Report of the Indian Hemp Drugs Commission, 1894-1895 - Volume I
Year: 1894
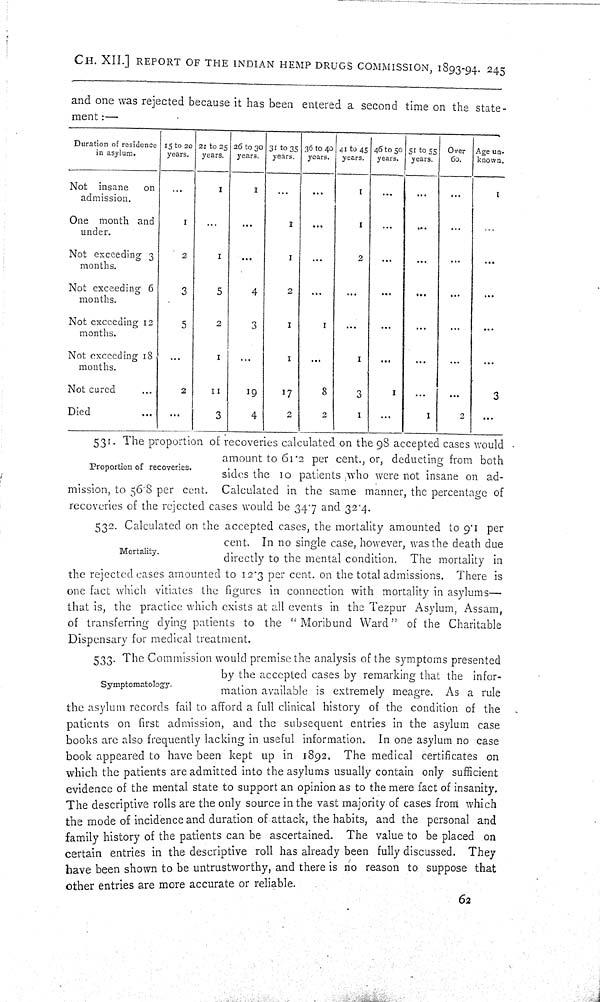
CH. XII.] REPORT OF THE INDIAN HEMP DRUGS COMMISSION, 1893-94. 245
and one was rejected because it has been entered a second time on the state-
ment:—
Duration of residence
in asylum.
15 to 20
years.
21 to 25
years.
26 to 30
years.
31 to 35
years.
36 to 40
years.
41 to 45
years.
46 to 50
years.
51 to 55
years.
Over
60.
Age un-
known.
Not insane on
admission.
1
1
1
1
One month and
under.
1
1
1
Not exceeding 3
months.
2
1
1
2
Not exceeding 6
months.
3
5
4
2
Not exceeding 12
months.
5
2
3
1
1
Not exceeding 18
months.
1
1
1
Not cured
2
11
19
17
8
3
1
3
Died
3
4
2
2
1
1
2
Proportion of recoveries.
531. The proportion of recoveries calculated on the 98 accepted cases would
amount to 61.2 per cent., or, deducting from both
sides the 10 patients who were not insane on ad-
mission, to 56.8 per cent. Calculated in the same manner, the percentage of
recoveries of the rejected cases would be 34.7 and 32.4.
Mortality.
532. Calculated on the accepted cases, the mortality amounted to 9.1 per
cent. In no single case, however, was the death due
directly to the mental condition. The mortality in
the rejected cases amounted to 12.3 per cent. on the total admissions. There is
one fact which vitiates the figures in connection with mortality in asylums—
that is, the practice which exists at all events in the Tezpur Asylum, Assam,
of transferring dying patients to the "Moribund Ward" of the Charitable
Dispensary for medical treatment.
Symptomatology.
533. The Commission would premise the analysis of the symptoms presented
by the accepted cases by remarking that the infor-
mation available is extremely meagre. As a rule
the asylum records fail to afford a full clinical history of the condition of the
patients on first admission, and the subsequent entries in the asylum case
books are also frequently lacking in useful information. In one asylum no case
book appeared to have been kept up in 1892. The medical certificates on
which the patients are admitted into the asylums usually contain only sufficient
evidence of the mental state to support an opinion as to the mere fact of insanity.
The descriptive rolls are the only source in the vast majority of cases from which
the mode of incidence and duration of attack, the habits, and the personal and
family history of the patients can be ascertained. The value to be placed on
certain entries in the descriptive roll has already been fully discussed. They
have been shown to be untrustworthy, and there is no reason to suppose that
other entries are more accurate or reliable.
62